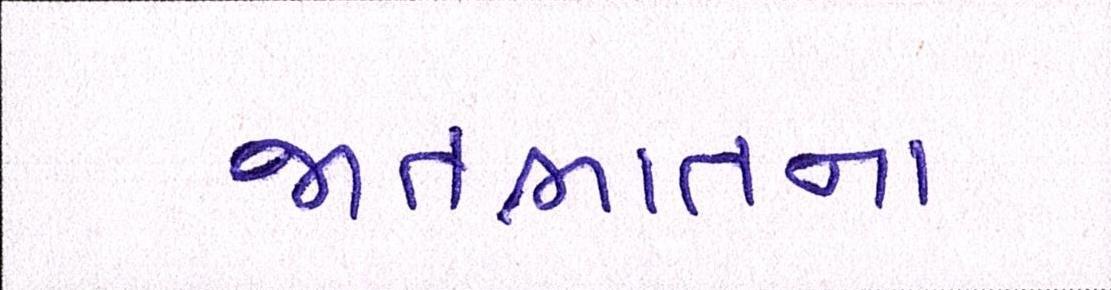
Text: જાતભાતના